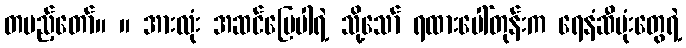
တပည့်တော်။ ။ အားလုံး အဆင်ပြေပါရဲ့ သို့သော် ရထားပေါ်တုန်းက ရေနံဆီပုံးတွေရဲ့